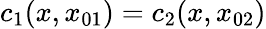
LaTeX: c_{1}(x,x_{01})=c_{2}(x,x_{02})